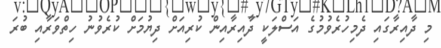
މި ދާއިރާގައި ދެމިހުރެވުމުގެ އަސްލަކީ ދާއިރާއިން ކުރިއަށް ދިޔުމަށް ކުރެވުނު ހިތްވަރާއި ބުރަ